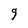
Character: g